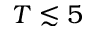
T \lesssim 5